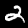
Label: 2